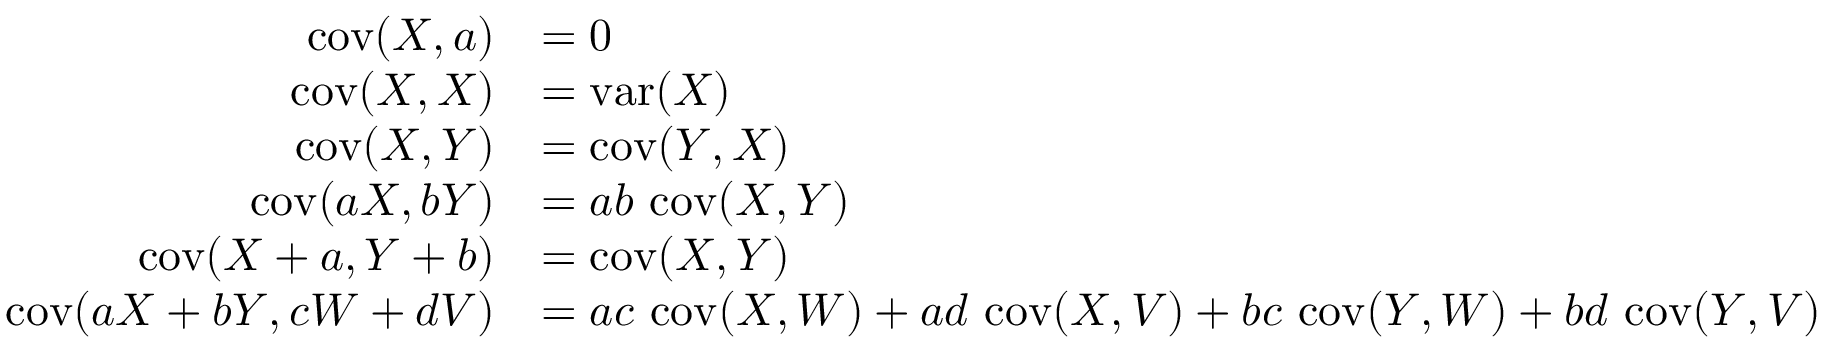
{ \begin{array} { r l } { \operatorname { c o v } ( X , a ) } & { = 0 } \\ { \operatorname { c o v } ( X , X ) } & { = \operatorname { v a r } ( X ) } \\ { \operatorname { c o v } ( X , Y ) } & { = \operatorname { c o v } ( Y , X ) } \\ { \operatorname { c o v } ( a X , b Y ) } & { = a b \, \operatorname { c o v } ( X , Y ) } \\ { \operatorname { c o v } ( X + a , Y + b ) } & { = \operatorname { c o v } ( X , Y ) } \\ { \operatorname { c o v } ( a X + b Y , c W + d V ) } & { = a c \, \operatorname { c o v } ( X , W ) + a d \, \operatorname { c o v } ( X , V ) + b c \, \operatorname { c o v } ( Y , W ) + b d \, \operatorname { c o v } ( Y , V ) } \end{array} }